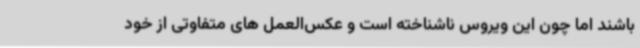
باشند اما چون این ویروس ناشناخته است و عکس‌العمل های متفاوتی از خود